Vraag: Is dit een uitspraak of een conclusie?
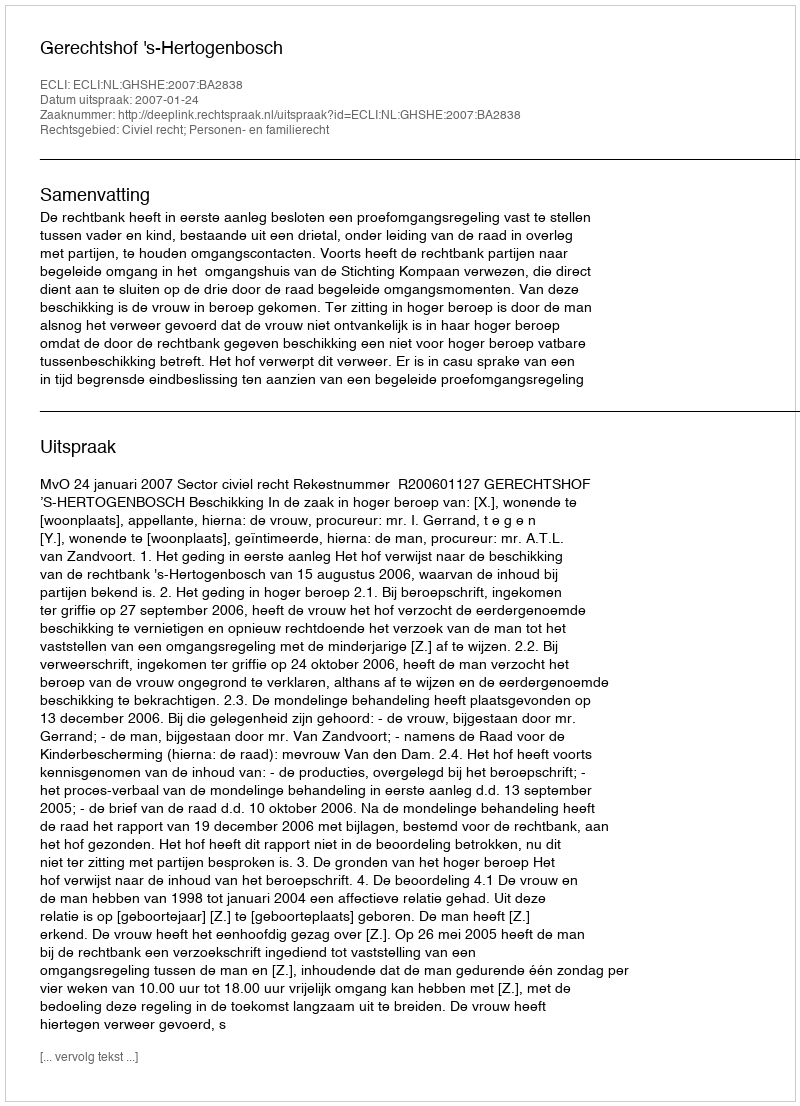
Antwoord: Uitspraak